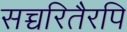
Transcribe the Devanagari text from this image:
सच्चरितैरपि